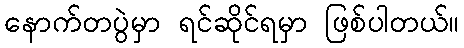
နောက်တပွဲမှာ ရင်ဆိုင်ရမှာ ဖြစ်ပါတယ်။